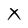
Character: X